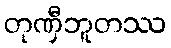
တုဏှီဘူတဿ